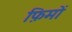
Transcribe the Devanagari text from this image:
फ़िमों